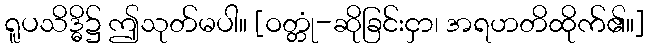
ရူပသိဒ္ဓိ၌ ဤသုတ်မပါ။ [ဝတ္တုံ-ဆိုခြင်းငှာ၊ အရဟတိထိုက်၏။]